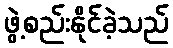
ဖွဲ့စည်းနိုင်ခဲ့သည်